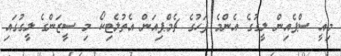
މިއީ ސްޕެއިން ލީގުގެ އެންމެ ފަހުގެ ޗެމްޕިއަން އެތުލެޓިކޯ މި ސީޒަންގެ ލީގުގައި